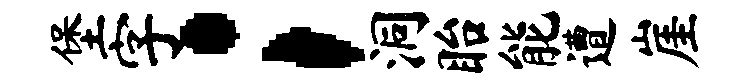
堡字；洞眙能遭崖